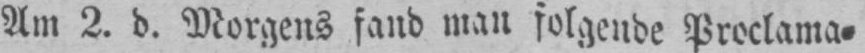
Am 2. d. Morgens fand man folgende Proclama⸗